Report of the King Institute of Preventive Medicine, Guindy
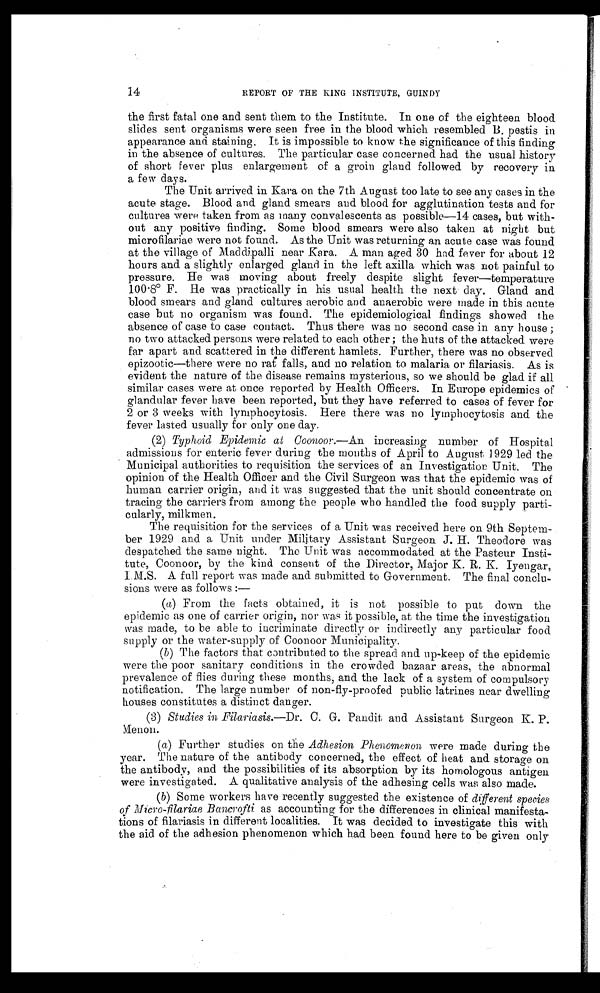
14
REPORT OF THE KING INSTITUTE, GUINDY
the first fatal one and sent them to the Institute. In one of the eighteen blood
slides sent organisms were seen free in the blood which resembled B. pestis in
appearance and staining. It is impossible to know the significance of this finding
in the absence of cultures. The particular case concerned had the usual history
of short fever plus enlargement of a groin gland followed by recovery in
a few days.
The Unit arrived in Kara on the 7th August too late to see any cases in the
acute stage. Blood and gland smears and blood for agglutination tests and for
cultures were taken from as many convalescents as possible—14 cases, but with-
out any positive finding. Some blood smears were also taken at night but
microfilariae were not found. As the Unit was returning an acute case was found
at the village of Maddipalli near Kara. A man aged 30 had fever for about 12
hours and a slightly enlarged gland in the left axilla which was not painful to
pressure. He was moving about freely despite slight fever—temperature
100.8° F. He was practically in his usual health the next clay. Gland and
blood smears and gland cultures aerobic and anaerobic were made in this acute
case but no organism was found. The epidemiological findings showed the
absence of case to case contact. Thus there was no second case in any house ;
no two attacked persons were related to each other ; the huts of the attacked. were
far apart and scattered in the different hamlets. Further, there was no observed
epizootic—there were no rat falls, and no relation to malaria or filariasis. As is
evident the nature of the disease remains mysterious, so we should be glad if all
similar cases were at once reported by Health Officers. In Europe epidemics of
glandular fever have been reported, but they have referred to cases of fever for
2 or 3 weeks with lymphocytosis. Here there was no lymphocytosis and the
fever lasted usually for only one day.
(2) Typhoid Epidemic at Coonoon.—A n
i n c r e a s i n g n u m b e r o f H o s p i t a l
admissions for enteric fever during the months of April to August 1929 led the
Municipal authorities to requisition the services of an Investigation Unit. The
opinion of the Health Officer and the Civil Surgeon was that the epidemic was of
human carrier origin, and it was suggested that the unit should concentrate on
tracing the carriers from among the people who handled the food supply parti-
cularly, milkmen.
The requisition for the services of a Unit was received here on 9th Septem-
ber 1929 and a Unit under Military Assistant Surgeon J. H. Theodore was
despatched the same night. The Unit was accommodated at the Pasteur Insti-
tute, Coonoor, by the kind consent of the Director, Major K. R. K. Iyengar,
I.M.S. A full report was made and submitted to Government. The final conclu-
sions were as follows :
—
( a ) F r o m t h e f a c t s o b t a i n e d , i t i s n o t p o s s i b l e t o p u t d o w n t h e
epidemic as one of carrier origin, nor was it possible, at the time the investigation
was made, to be able to incriminate directly or indirectly any particular food
supply or the water-supply of Coonoor Municipality.
( b ) T h e f a c t o r s t h a t c o n t r i b u t e d t o t h e s p r e a d a n d u p - k e e p o f t h e e p i d e m i c
were the poor sanitary conditions in the crowded bazaar areas, the abnormal
prevalence of flies during these months, and the lack of a system of compulsory
notification. The large number of non-fly-proofed public latrines near dwelling
houses constitutes a distinct danger.
(3) Studies in Filariasis.—Dr. C. G. Pandit and Assistant Surgeon K. P.
M e n o n .
(a) Further studies on the Adhesion Phenomenon were made during the
year. The nature of the antibody concerned, the effect of heat and storage on
the antibody, and the possibilities of its absorption by its homologous antigen
were investigated. A qualitative analysis of the adhesing cells was also made.
(b) Some workers have recently suggested the existence of different species
of Micro-filariae Bancrofti as accounting for the differences in clinical manifesta-
tions of filariasis in different localities. It was decided to investigate this with
the aid of the adhesion phenomenon which had been found here to be given only